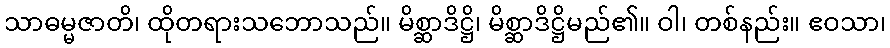
သာဓမ္မဇာတိ၊ ထိုတရားသဘောသည်။ မိစ္ဆာဒိဋ္ဌိ၊ မိစ္ဆာဒိဋ္ဌိမည်၏။ ဝါ၊ တစ်နည်း။ ဧဝသာ၊